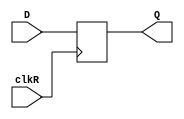
module REG2 (
    input clkR,
    input [1:0] D,
    output reg [1:0] Q
);
    initial begin
        Q = 2'b0;
    end

    always @(posedge clkR) begin
        Q = D;
    end

endmodule